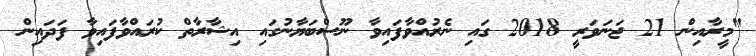
"މީރާއިން 21 ޖަނަވަރީ 2018 ގައި ނެރުއްވާފައިވާ ނޫސްބަޔާނުގައި އިޝާރާތް ކުރައްވާފައިވާ ފަދައިން